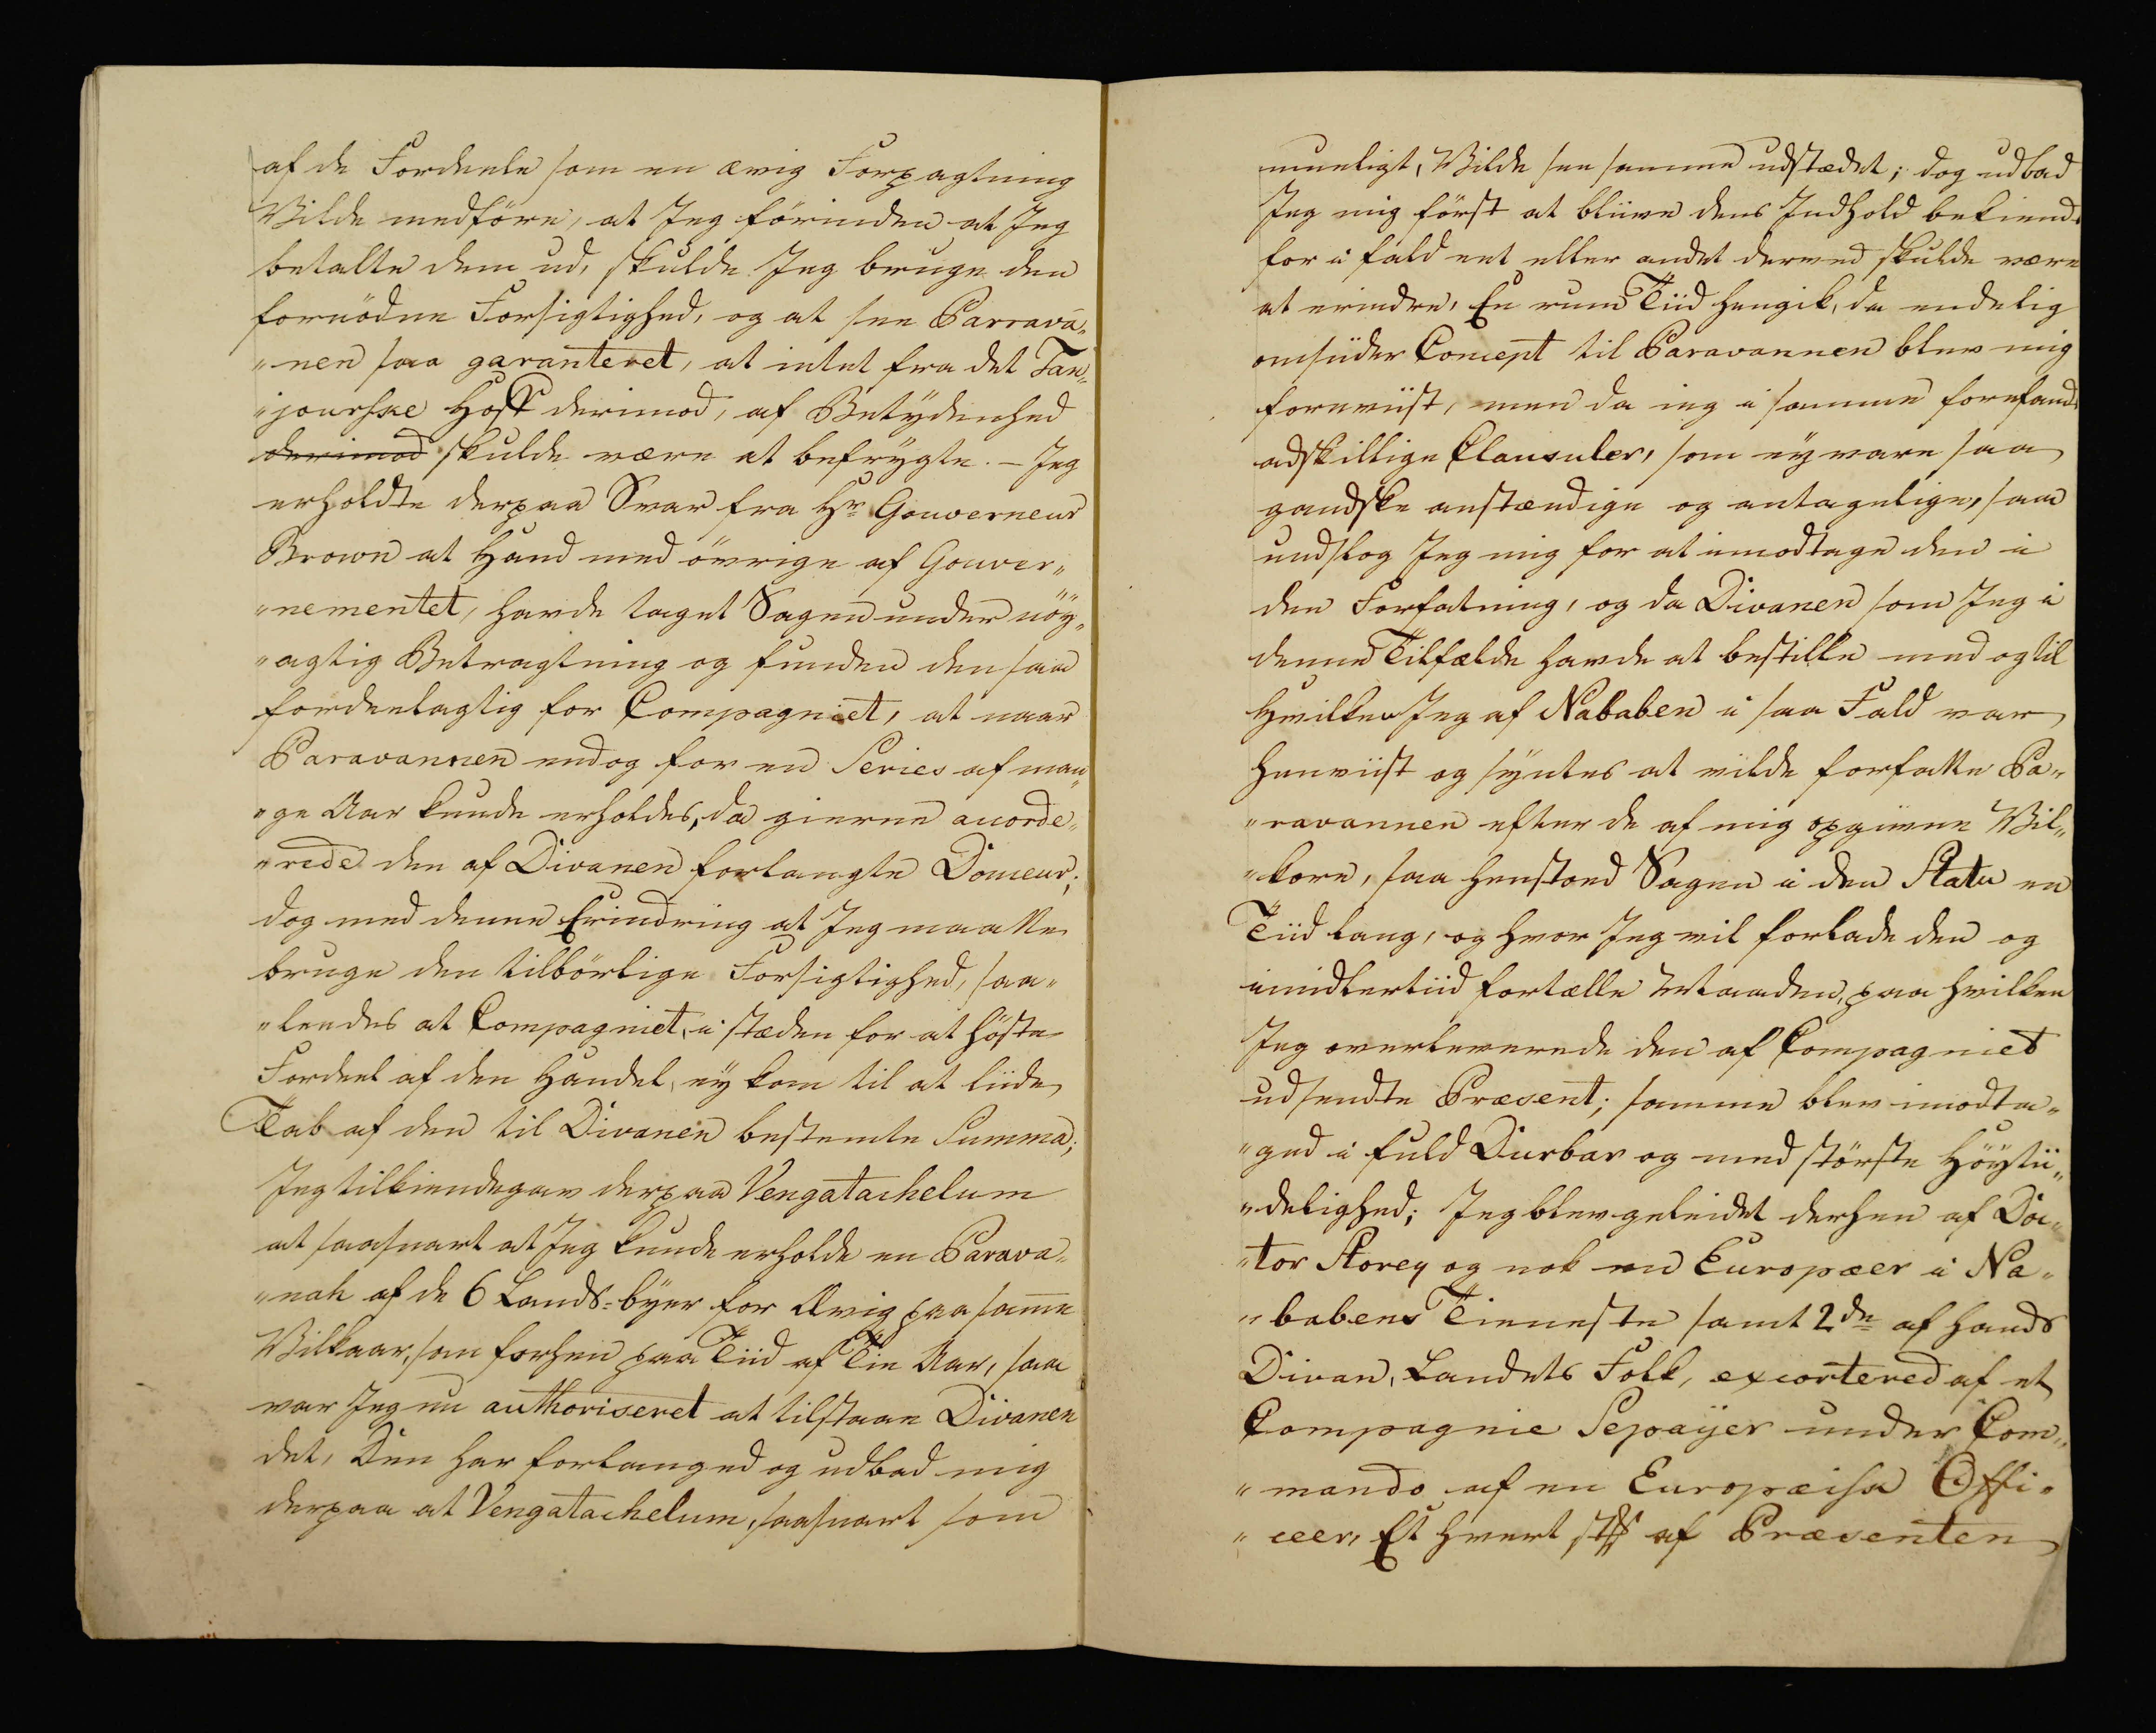
Transkription:
af de Fordeele som en ærig Forpagtning
Vilde medföre, at Jeg förinden at Jeg
betalte den ud, skulde Jeg bruge den
fornödne Forsigtighed, og at see Parrava„
„nen saa garanteret, at intet fra det Tan„
jourske Hoff derimod, af Betydenhed
derimod skulde være at befrygte. - Jeg
erholdte derpaa Svar fra Hr Gouverneur
Brown at Hand med övrige af Gouver„
„nementet, havde taget Sagen under nöy„
„agtig Betragtning og funden den saa
fordeelagtig for Compagniet, at naar
Paravannen endog og for en Series af man„
„ge Aar kunde erholdes, da gierne accorde„
„rede den af Divanen forlangte Domeur;
dog med denne Erindring at Jeg maatte
bruge den tilbörlige Forsigtighed, saa„
„leedes at Compagniet, i stæden for at höste
Fordeel af den Handel, ey kom til at liide
Tab af den til Divanen bestemte Summa;
Jeg tilkiendegav derpaa Vengatachelum
at saasnart at Jeg kunde erholde en Parava„
„nak af de 6 Lands=byer for Ævig paa samme
Vilkaar, som forhen paa Tiid af Tie Aar, saa
var Jeg nu authoriseret at tilstaae Divanen
det, Den har forlanged og udbad mig
derpaa at Vengatachelum, saasnart som

mueligt, Vilde see samme udstædet; dog udbad
Jeg mig först at bliive dens Indhold bekiendt
for i fald eet eller andet derved skulde være
at erindre, En rim Tiid hengik, da endelig
omsiider Concept til Paravannen blev mig
foreviist, men da ieg i samme forefandt
adskillige Clausuler, som ey vare saa
gandske anstændige og antagelige, saa
undslog Jeg mig for at imodtage den i
den Forfatning, og da Divanen som Jeg i
denne Tilfælde havde at bestille med og til
Hvilken Jeg af Nababen i saa Fald var
henviist og syntes at vilde forfatte Pa„
„ravannen efter de af mig opgivne Vil„
„kore, saa henstoed Sagen i den Statu en
Tiid lang, og hvor Jeg vil forlade den og
imidlertiid fortælle Maaden, paa hvilken
Jeg overleverede den af Compagniet
udsendte Præsent; samme blev imodta„
„ged i fuld Durbar og med störste Höytii„
„delighed; Jeg blev geleidet derhen af Doc„
„tor Storey og nok en Europæer i Na„
„babens Tieneste samt 2de af hands
Divan, Landets Folk, excortered af et
Compagnie Sepayer under Com„
„mando af en Europæisk Offi„
„ceer, Et hvert stk af Præsenten